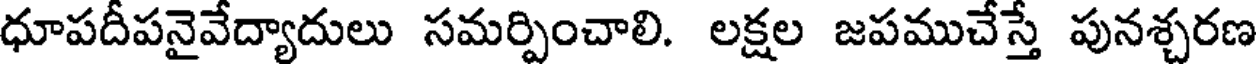
ధూపదీపనైవేద్యాదులు సమర్పించాలి. లక్షల జపముచేస్తే పునశ్చరణ